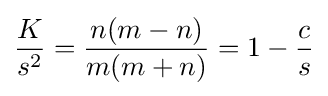
{\frac {K}{s^{2}}}={\frac {n(m-n)}{m(m+n)}}=1-{\frac {c}{s}}